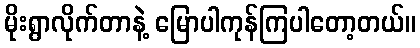
မိုးရွာလိုက်တာနဲ့ မြောပါကုန်ကြပါတော့တယ်။